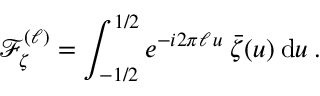
\mathop { \mathcal { F } _ { \zeta } ^ { ( \ell ) } } = \int _ { - 1 / 2 } ^ { 1 / 2 } e ^ { - i 2 \pi \ell \, u } \: \bar { \zeta } ( u ) \: \mathrm { d } u \: .